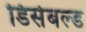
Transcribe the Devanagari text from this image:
डिसेबल्ड